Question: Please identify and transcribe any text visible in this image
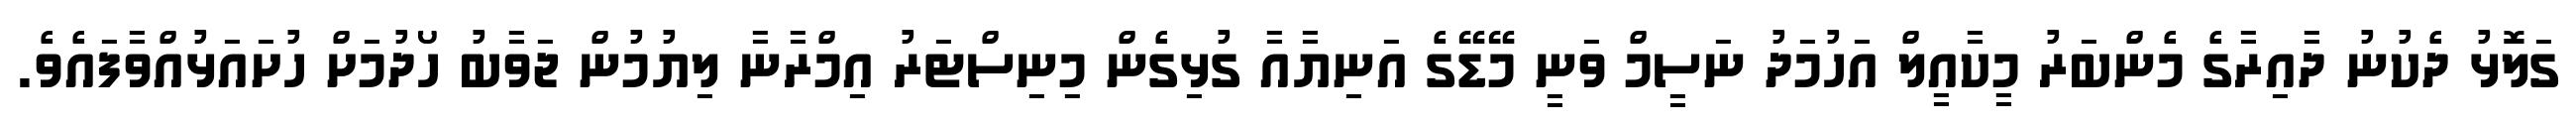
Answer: ގަލޮޅު ދެކުނު ދާއިރާގެ މެންބަރު މީކާއީލް އަހުމަދު ނަސީމް ވަނީ މޭޑޭގެ އަނިޔާއާ ގުޅިގެން މިނިސްޓަރު އިމްރާނާ ލިޔުމުން ޖަވާބު ހޯދުމަށް ހުށައަޅުއްވާފައެވެ.